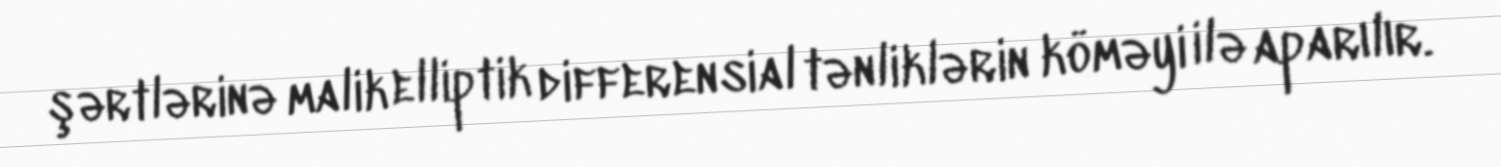
şərtlərinə malik elliptik differensial tənliklərin köməyi ilə aparılır.